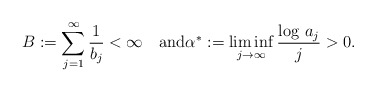
\begin{align*}B:=\sum_{j=1}^\infty\frac1{b_j}<\infty\quad\textnormal{and}\alpha^*:=\liminf_{j\to\infty}\frac{\log\,a_j}j>0.\end{align*}